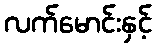
လက်မောင်းနှင့်